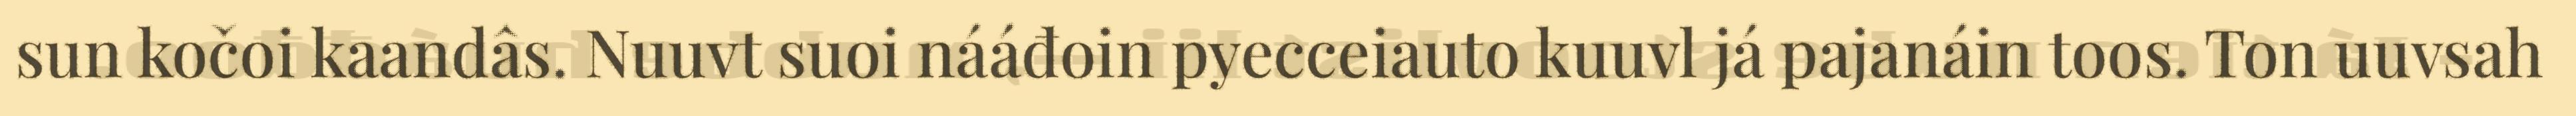
sun kočoi kaandâs. Nuuvt suoi nááđoin pyecceiauto kuuvl já pajanáin toos. Ton uuvsah